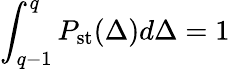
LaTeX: \int_{q-1}^{q}P_{\mathrm{st}}(\Delta)d\Delta=1